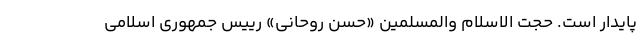
پایدار است. حجت الاسلام والمسلمین «حسن روحانی» رییس جمهوری اسلامی